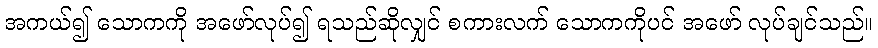
အကယ်၍ သောကကို အဖော်လုပ်၍ ရသည်ဆိုလျှင် စကားလက် သောကကိုပင် အဖော် လုပ်ချင်သည်။